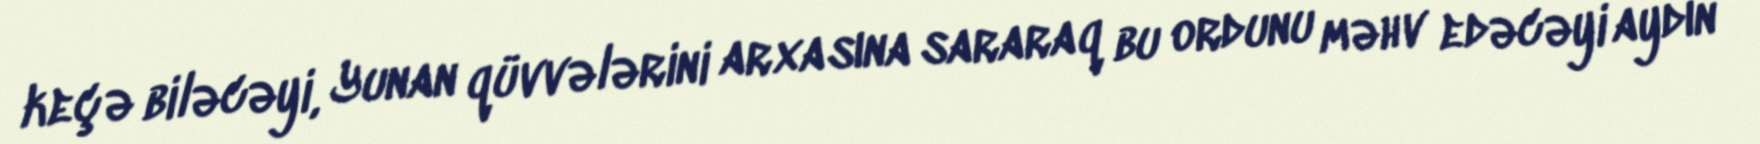
keçə biləcəyi, Yunan qüvvələrini arxasına sararaq bu ordunu məhv edəcəyi aydın